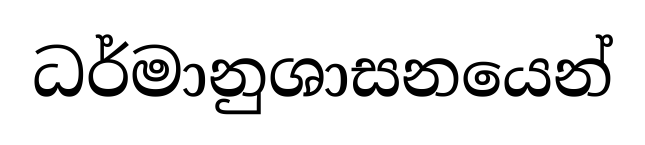
ධර්මානුශාසනයෙන්